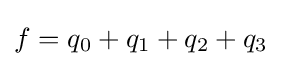
f=q_{0}+q_{1}+q_{2}+q_{3}